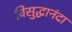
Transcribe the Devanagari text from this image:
विसुद्धानंदा